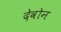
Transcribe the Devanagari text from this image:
देवोन